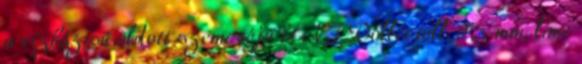
a vízbázisú oldott szemcséjű UNI Rollertoll, 0,5 mm, lime